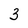
Character: 3